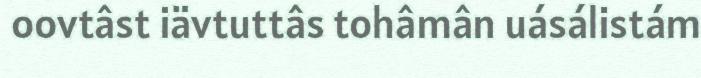
oovtâst iävtuttâs tohâmân uásálistám